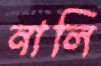
নালি